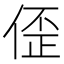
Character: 𫣀